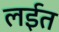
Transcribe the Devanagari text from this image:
लईत